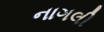
નાગલી